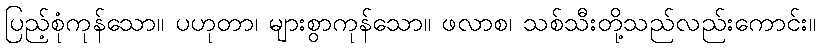
ပြည့်စုံကုန်သော။ ပဟုတာ၊ များစွာကုန်သော။ ဖလာစ၊ သစ်သီးတို့သည်လည်းကောင်း။